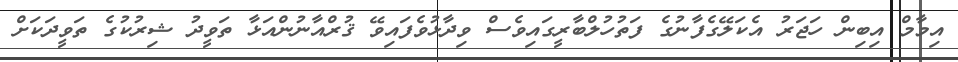
އިމާމް އިބިން ހަޖަރު އެކަލޭގެފާނުގެ ފަތުހުލްބާރީގައިވެސް ވިދާޅުވެފައިވޭ ޤުރްއާނުންއަޅާ ތަވީދު ޝިރުކުގެ ތަވީދަކަށް